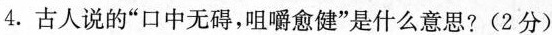
4.古人说的”口中无碍，咀嚼愈健”是什么意思?(2分)